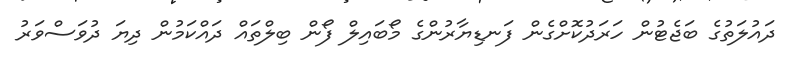
ދައުލަތުގެ ބަޖެޓުން ހަރަދުކޮށްގެން ފަނޑިޔާރުންގެ މޯބައިލް ފޯން ބިލްތައް ދައްކަމުން ދިޔަ ދުވަސްވަރު